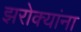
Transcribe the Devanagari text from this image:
झरोक्यांना